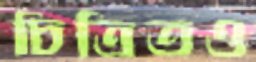
চিত্রিতও